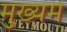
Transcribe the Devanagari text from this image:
मुख्यमं